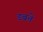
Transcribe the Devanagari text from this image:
डबते